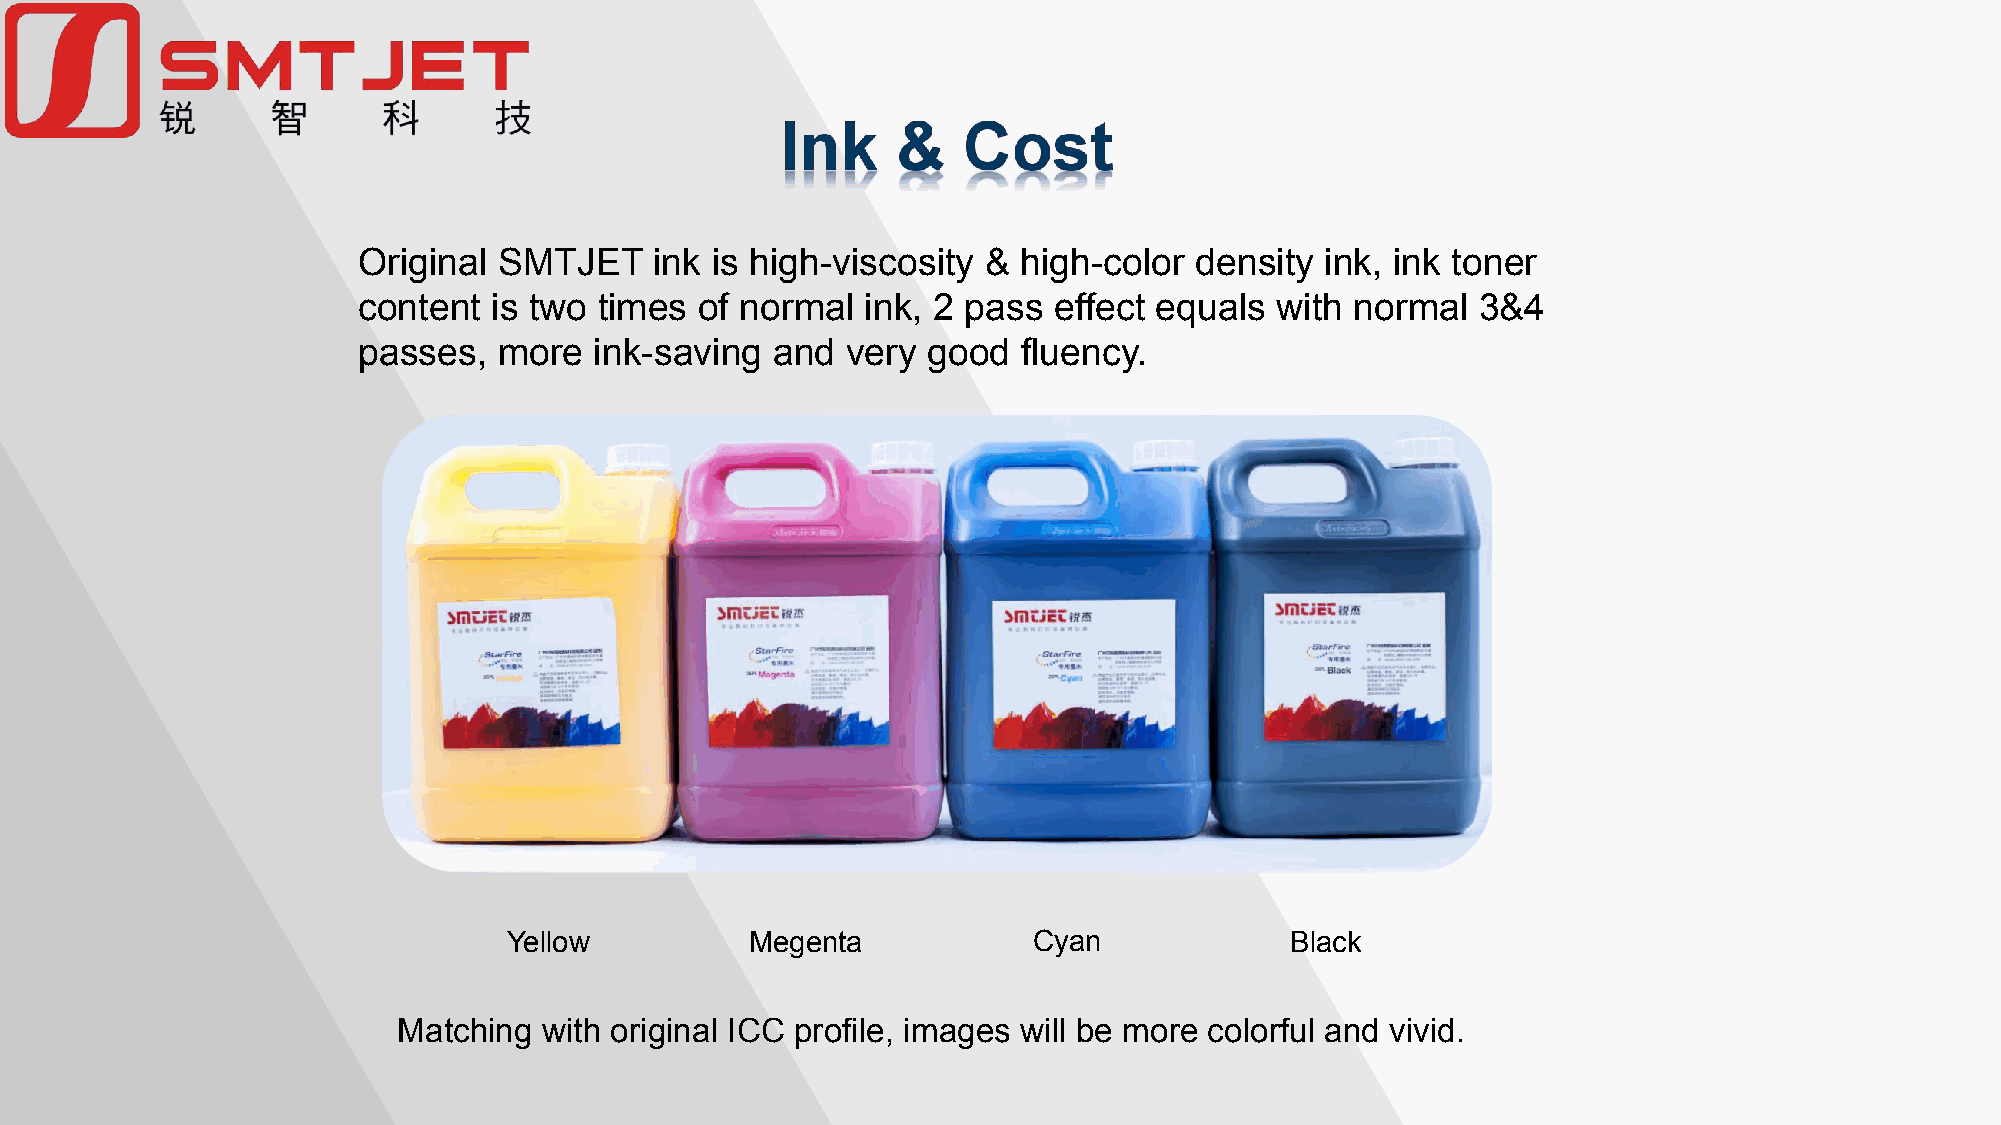
Original SMTJET    ink is high-viscosity & high-color  density  ink, ink toner
 content  is two times of normal  ink, 2 pass  effect equals with  normal  3&4
 passes,  more  ink-saving  and  very good   fluency.
 Yellow          Megenta           Cyan             Black
 Matching  with original ICC profile, images will be more colorful and vivid.